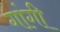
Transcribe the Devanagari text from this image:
गांगी